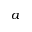
a